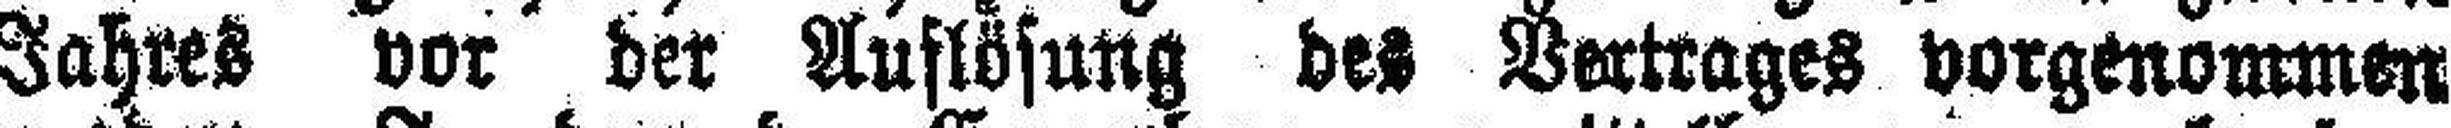
Jahres vor der Auflösung der Vertrages vorgenommen